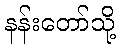
နန်းတော်သို့